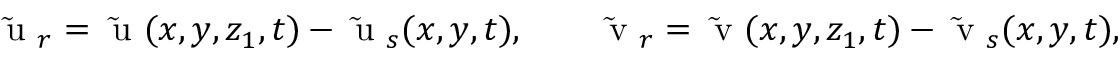
\mathrm { ~ { \widetilde { u } } ~ } _ { r } = \mathrm { ~ { \widetilde { u } } ~ } ( x , y , z _ { 1 } , t ) - \mathrm { ~ { \widetilde { u } } ~ } _ { s } ( x , y , t ) , \qquad \mathrm { ~ { \widetilde { v } } ~ } _ { r } = \mathrm { ~ { \widetilde { v } } ~ } ( x , y , z _ { 1 } , t ) - \mathrm { ~ { \widetilde { v } } ~ } _ { s } ( x , y , t ) ,